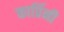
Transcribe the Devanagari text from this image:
कार्प्रिनी